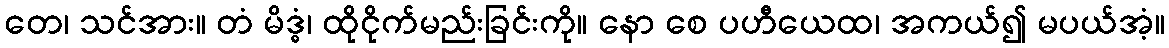
တေ၊ သင်အား။ တံ မိဒ္ဓံ၊ ထိုငိုက်မည်းခြင်းကို။ နော စေ ပဟီယေထ၊ အကယ်၍ မပယ်အံ့။